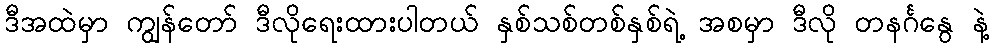
ဒီအထဲမှာ ကျွန်တော် ဒီလိုရေးထားပါတယ် နှစ်သစ်တစ်နှစ်ရဲ့ အစမှာ ဒီလို တနင်္ဂနွေ နဲ့